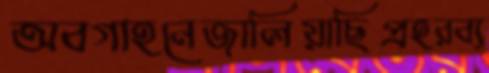
অবগাহনেজালিয়াছিপ্রহরব্য